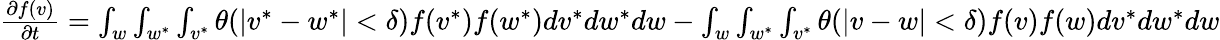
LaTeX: \begin{array}{r}{\frac{\partial f(v)}{\partial t}=\int_{w}\int_{w^{*}}\int_{v^{*}}\theta(|v^{*}-w^{*}|<\delta)f(v^{*})f(w^{*})dv^{*}dw^{*}dw-\int_{w}\int_{w^{*}}\int_{v^{*}}\theta(|v-w|<\delta)f(v)f(w)dv^{*}dw^{*}dw}\end{array}